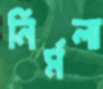
নির্মলা